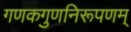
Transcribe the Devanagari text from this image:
गणकगुणनिरूपणम्